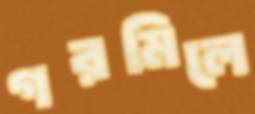
গরমিলে